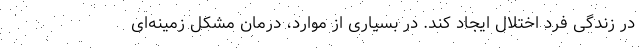
در زندگی فرد اختلال ایجاد کند. در بسیاری از موارد، درمان مشکل زمینه‌ای